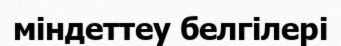
міндеттеу белгілері